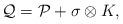
LaTeX: \begin{align*}\mathcal{Q} = \mathcal{P} + \sigma \otimes K,\end{align*}